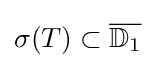
\sigma (T)\subset {\overline {\mathbb {D} _{1}}}